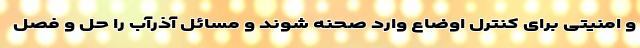
و امنیتی برای کنترل اوضاع وارد صحنه شوند و مسائل آذرآب را حل و فصل